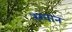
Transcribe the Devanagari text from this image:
स्खान